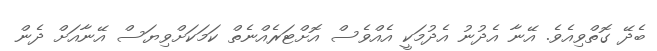
ބެދޭ ގޮތްވިއެވެ. އޭނާ އެދުނު އެދުމަކީ އެއްވެސް އޮށްޓަރެއްނެތް ކަމަކަށްވިޔަސް އޭނާއަށް ދެން